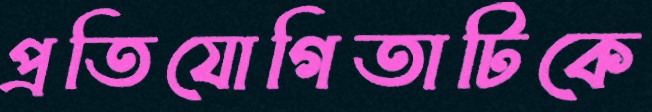
প্রতিযোগিতাটিকে